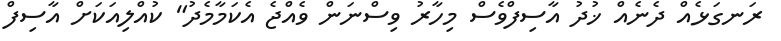
ރަނގަޅެއް ދެނެއް ޚުދު އާސިފްވެސް މިހާރު ވިސްނަން ވެއްޖެ އެކަމާމެދު" ކުއްލިއަކަށް އާސިފް